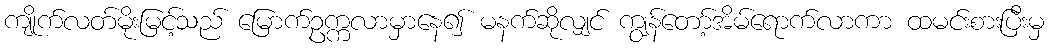
ကျိုက်လတ်မိုးမြင့်သည် မြောက်ဥက္ကလာမှာနေ၍ မနက်ဆိုလျှင် ကျွန်တော့်အိမ်ရောက်လာကာ ထမင်းစားပြီးမှ